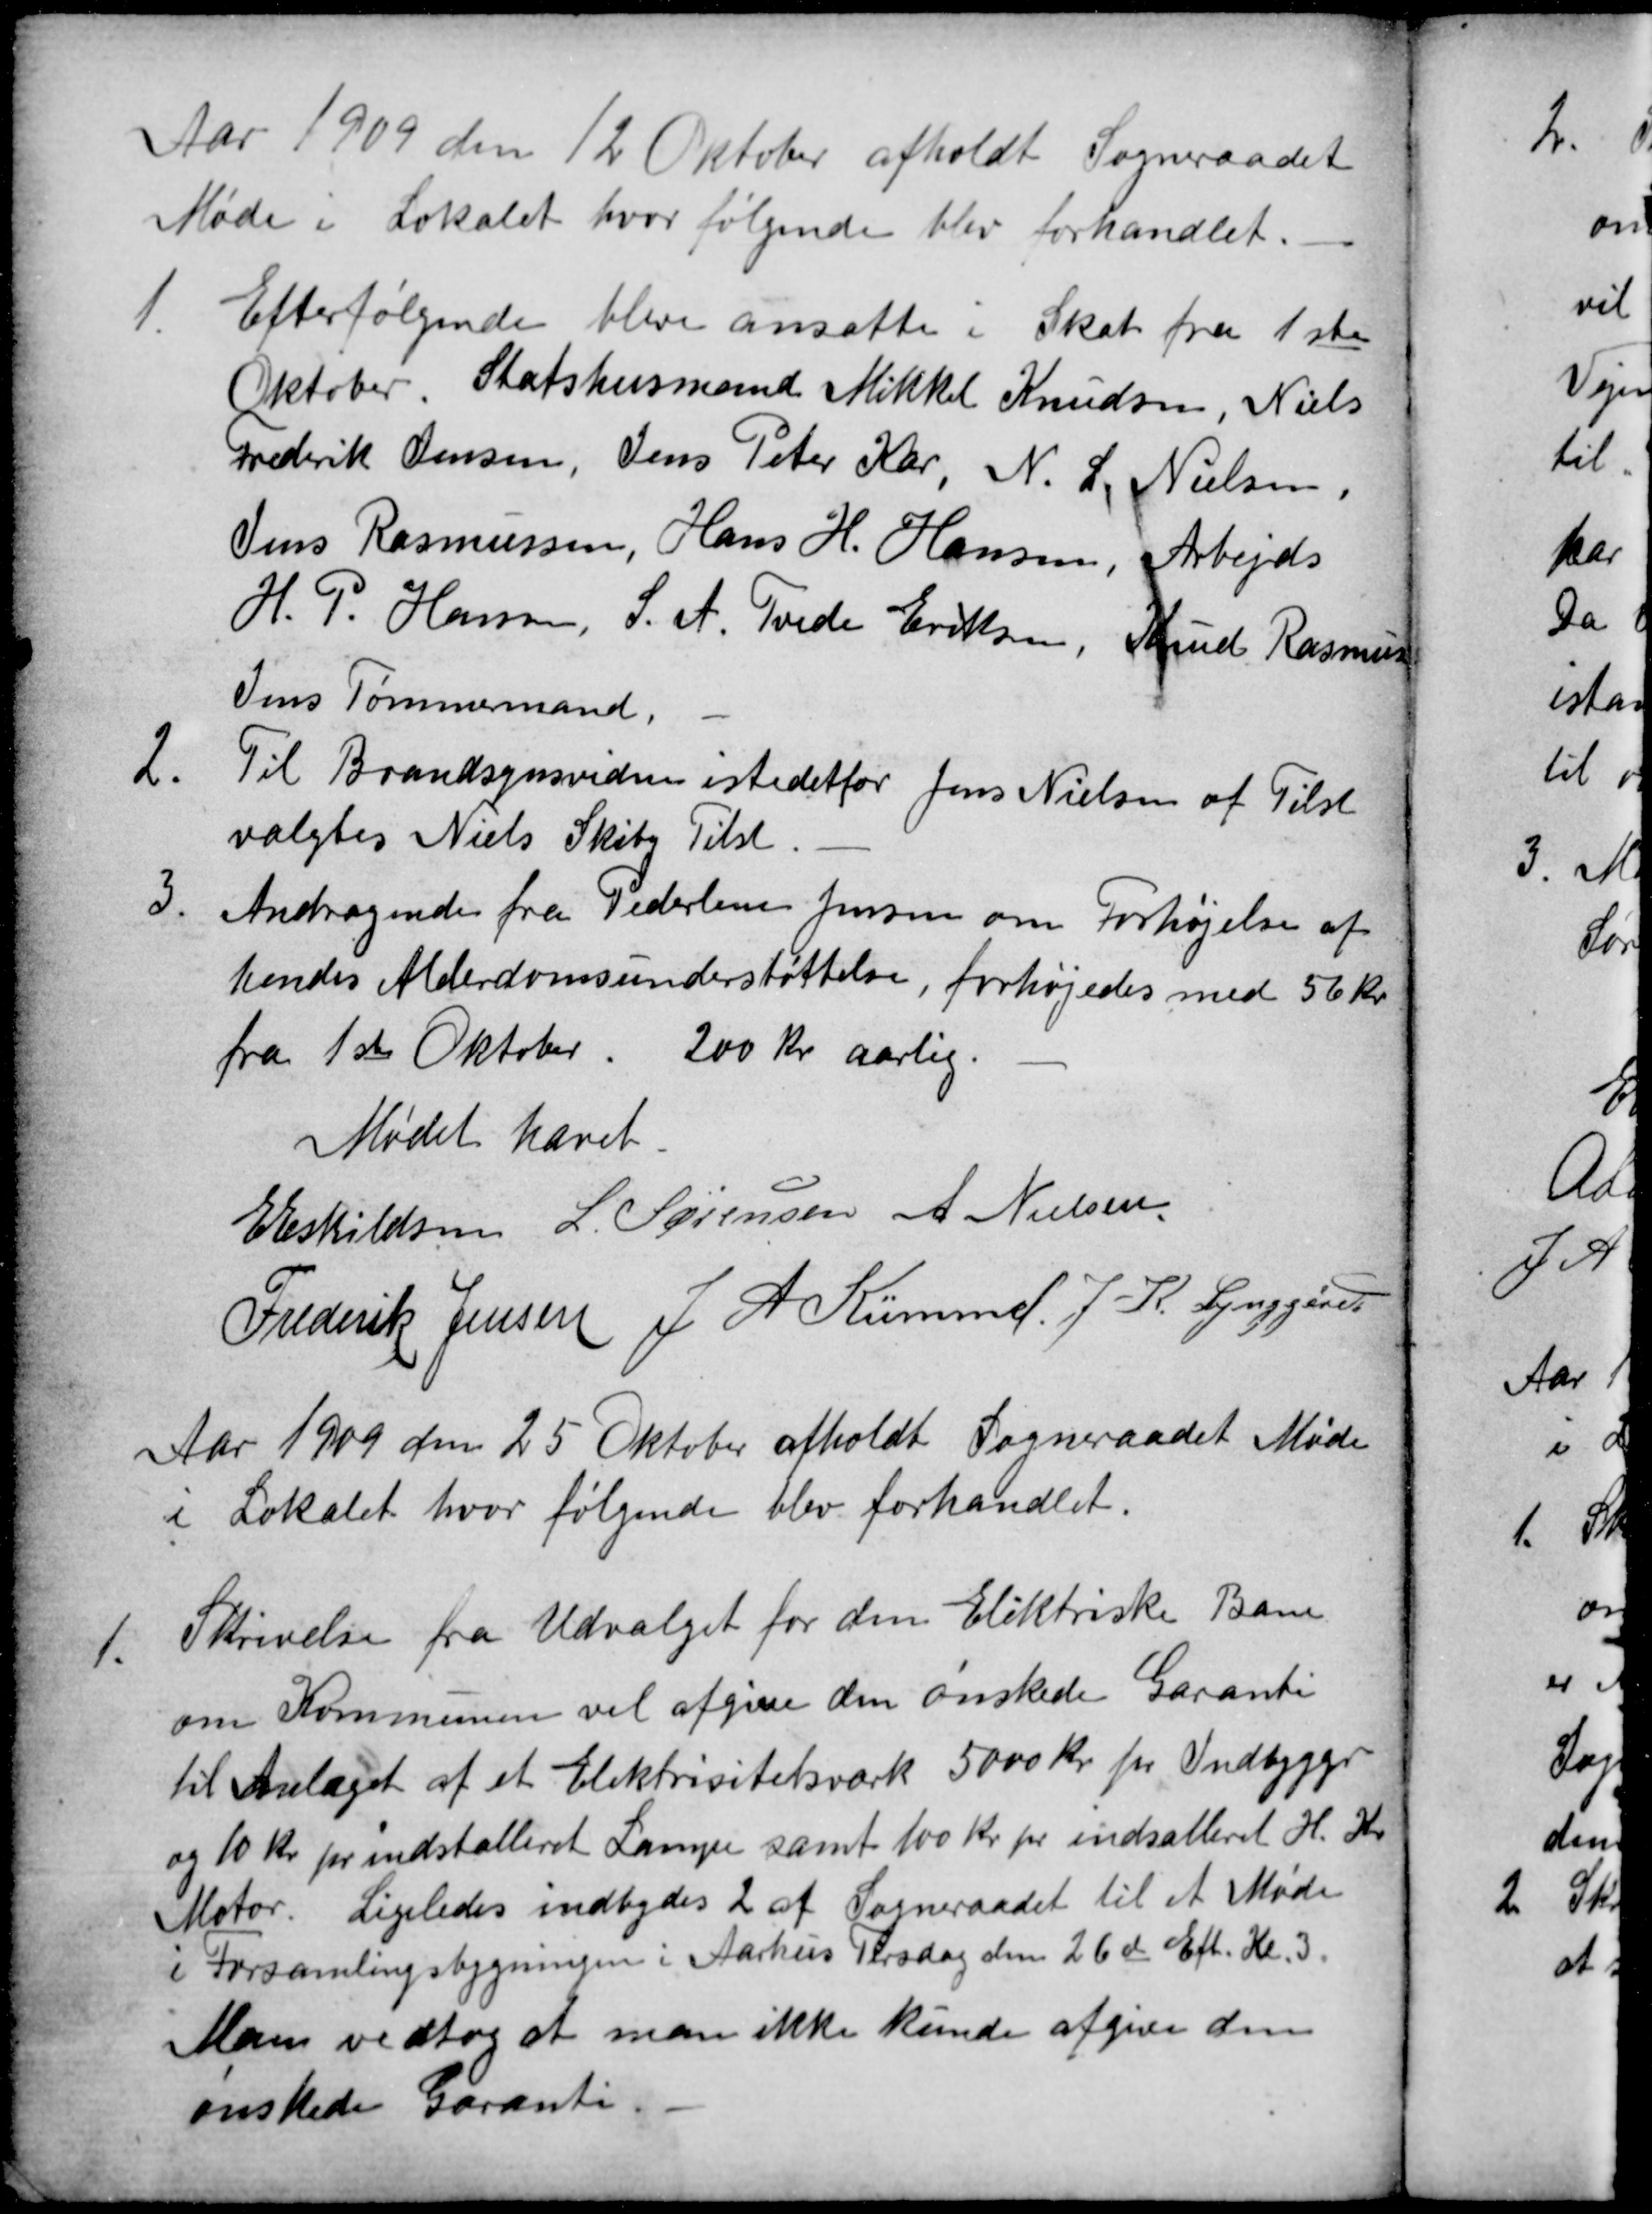
Transskription:
Aar 1909 den 12 Oktober afholdt Sogneraadet
Møde i Lokalet hvor følgende blev forhandlet.
1
Efterfølgende bleve ansatte i Skat fra 1ste
Oktober. Statshusmand Mikkel Knudsen, Niels
Frederik Jensen, Jens Peter Kar, N. L. Nielsen,
Jens Rasmussen, Hans H. Hansen, Arbejds
H. P. Hansen, S. A. Tvede Eriksen, Knud Rasmus
Jens Tømmermand
2.
Til Brandsynsvidne istedetfor Jens Nielsen af Tilst
valgtes Niels Skiby Tilst
3
Andragende fra Pederlene Jensen om Forhøjelse af
hendes Alderdomsunderstøttelse, forhøjedes med 56 Kr.
fra 1ste Oktober. 200 Kr aarlig.
Mødet hævet
E Eskildsen L. Sørensen A Nielsen
Frederik Jensen J. A. Kümmel. J. K. Lynggård
Aar 1909 den 25 Oktober afholdt Sogneraadet Møde
i Lokalet, hvor følgende blev forhandlet.
1.
Skrivelse fra Udvalget for den Eliktriske Bane
om Kommunen vil afgive den ønskede Garanti
til Anlæget af et Elektrisitetsværk 5000 Kr. pr Indbygger
og 10 kr pr indstalleret Lampe samt 100 Kr pr indsalleret H.Kr.
Motor. Ligeledes indbydes 2 af Sogneraadet til et Møde
i Forsamlingsbygningen i Aarhus Tirsdag den 26de Eft. Kl. 3.
Man vedtog at man ikke kunde afgive den
ønskede Garanti.